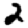
Digit: 2